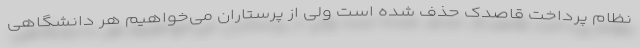
نظام پرداخت قاصدک حذف شده است ولی از پرستاران می‌خواهیم هر دانشگاهی